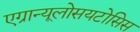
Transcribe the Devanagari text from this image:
एग्रान्यूलोसयटोसिस